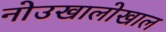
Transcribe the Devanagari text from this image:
नोउखालोखाल